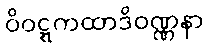
ဝိဝဋ္ဋကထာဒိဝဏ္ဏနာ